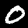
Digit: 0